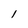
Character: l